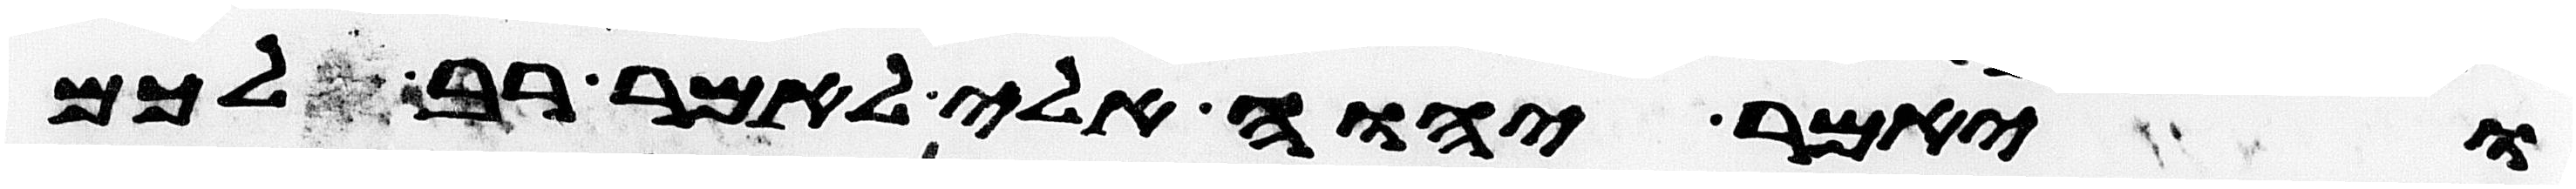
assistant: ויאמר יהוה אלי לאמר רב לכם